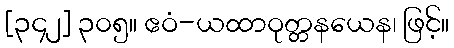
[၃၄၂] ၃၀၅။ ဧဝံ-ယထာဝုတ္တနယေန၊ ဖြင့်။